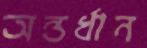
অন্তর্ধান